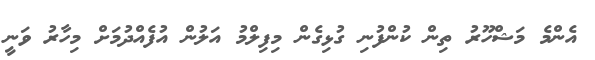
އެންމެ މަޝްހޫރު ތިން ކުންފުނި ގުޅިގެން މިފިލްމު އަލުން އުފެއްދުމަށް މިހާރު ވަނީ